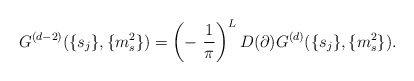
\begin{align*}G^{(d-2)}(\{s_j\},\{m_s^2\})=\left(-~\frac{1}{\pi}\right)^LD(\partial)G^{(d)}(\{s_j\},\{m_s^2\}).\end{align*}